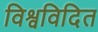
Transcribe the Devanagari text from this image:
विश्वविदित